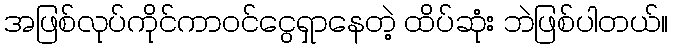
အဖြစ်လုပ်ကိုင်ကာဝင်ငွေရှာနေတဲ့ ထိပ်ဆုံး ဘဲဖြစ်ပါတယ်။